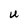
Character: U